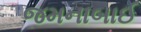
જમનાબાઈ